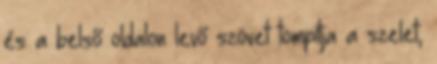
és a belső oldalon levő szövet tompítja a szelet,